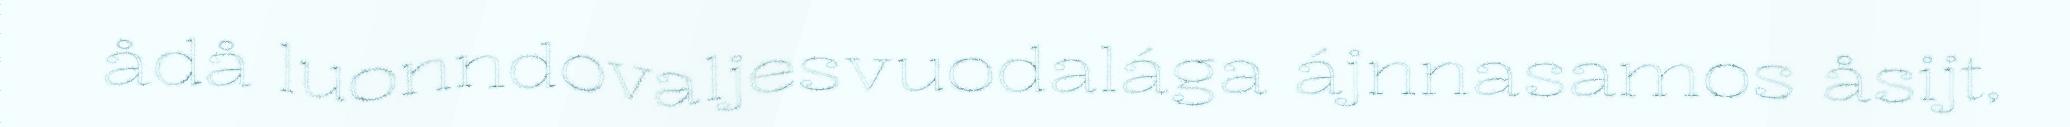
ådå luonndovaljesvuodalága ájnnasamos åsijt,